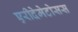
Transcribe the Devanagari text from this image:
एरीदेमेटोसस